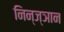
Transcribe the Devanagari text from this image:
निन्ज्ञान